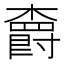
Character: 𣝣